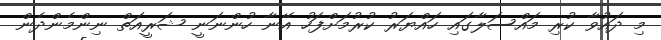
މި ދައުވާ ކުރި މައްސަލާގައި ހައްޔަރު ކުރުމަށްފަހު އޭނާ ހުންނަނީ ޝަރީއަތް ނިންމެންދެން